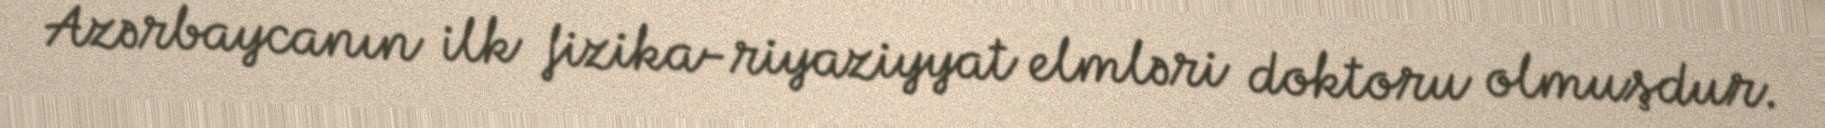
Azərbaycanın ilk fizika-riyaziyyat elmləri doktoru olmuşdur.